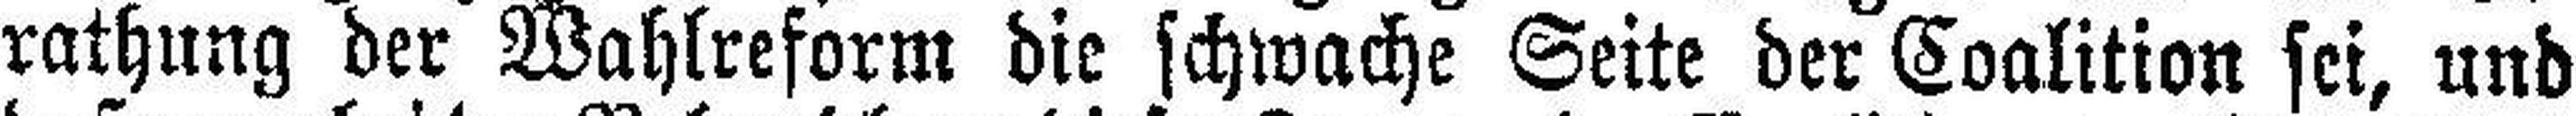
rathung der Wahlreform die schwache Seite der Coalition sei, und